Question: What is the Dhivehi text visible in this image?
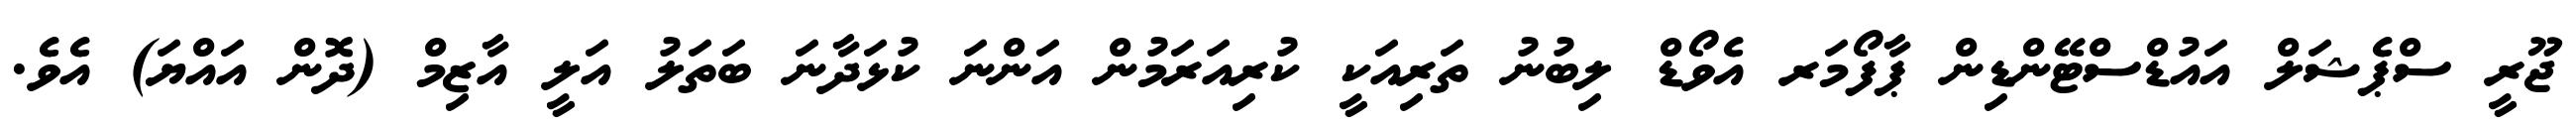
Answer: ޖޫރީ ސްޕެޝަލް އައުޑްސްޓޭންޑިން ޕާފޯމަރ އެވޯޑް ލިބުނު ތަރިއަކީ ކުރިއަރަމުން އަންނަ ކުޅަދާނަ ބަތަލު އަލީ އާޒިމް (ދޮން އައްޔަ) އެވެ.